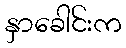
နှာခေါင်းက